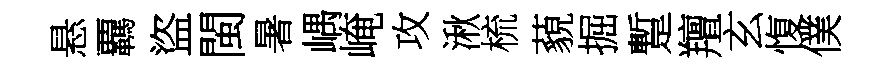
悬覊盜閩暑嵎崦攻湫梳藐掘蹔羶玄愎僕